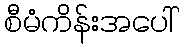
စီမံကိန်းအပေါ်